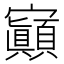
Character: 𡬅